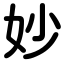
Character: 妙